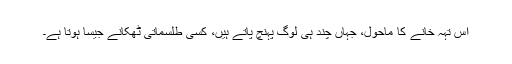
اس تہہ خانے کا ماحول، جہاں چند ہی لوگ پہنچ پاتے ہیں، کسی طلسماتی ٹھکانے جیسا ہوتا ہے۔